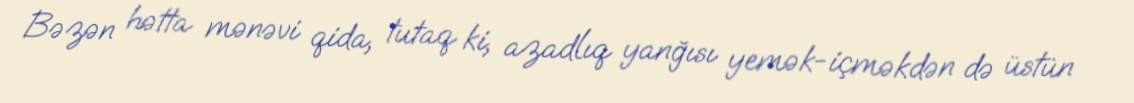
Bəzən hətta mənəvi qida, tutaq ki, azadlıq yanğısı yemək-içməkdən də üstün